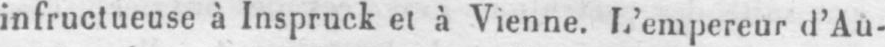
infructueuse à Inspruck et à Vienne. L’empereur d’Au-